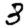
Digit: 3